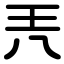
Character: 兲